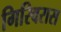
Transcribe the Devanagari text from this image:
गिरिवरास